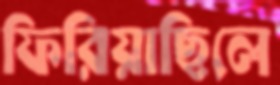
ফিরিয়াছিলে